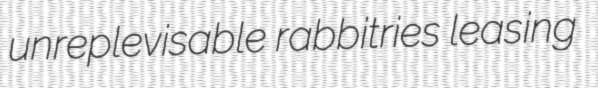
unreplevisable rabbitries leasing